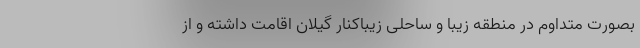
بصورت متداوم در منطقه زیبا و ساحلی زیباکنار گیلان اقامت داشته و از